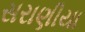
સરાણીયા